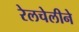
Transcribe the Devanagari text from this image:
रेलचेलीने